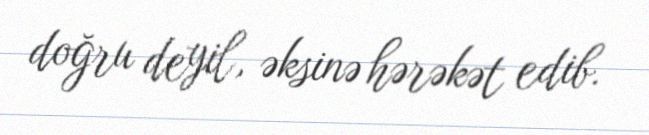
doğru deyil, əksinə hərəkət edib.